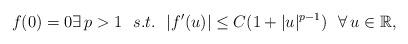
LaTeX: \begin{align*}f(0) = 0 \exists \, p>1 \ \ s.t. \ \ |f'(u)| \leq C (1 + |u|^{p-1}) \ \ \forall \, u \in {\mathbb R},\end{align*}